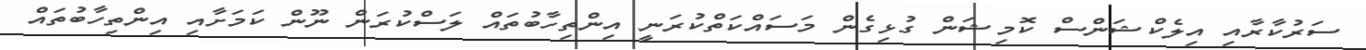
ސަރުކާރާއި އިލެކްޝަންސް ކޮމިޝަން ގުޅިގެން މަސައްކަތްކުރަނީ އިންތިހާބުތައް ލަސްކުރަން ނޫން ކަމަށާއި އިންތިހާބުތައް